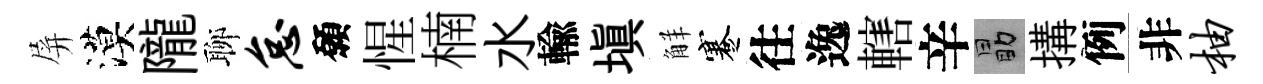
屏漠隴聊怠願惺楠水輸塡觧蹇往逸轄辛勗搆例非柚